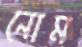
নোম